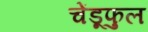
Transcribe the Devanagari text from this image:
चेंडूफुल